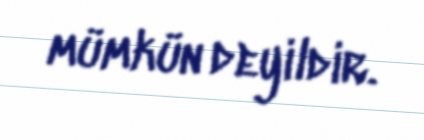
mümkün deyildir.